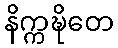
နိက္ကဍ္ဎိတေ